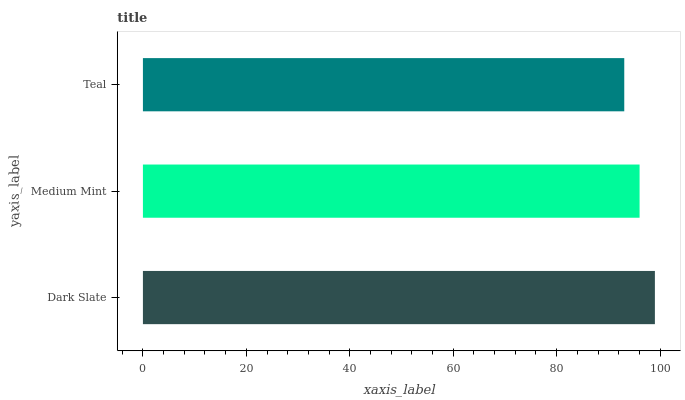
| yaxis_label | bars |
 | --- | --- |
 | Dark Slate | 99 |
 | Medium Mint | 96 |
 | Teal | 93.1 |